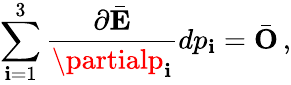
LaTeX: \sum_{\mathbf{i}=1}^{3}\frac{{\partial\bar{{\mathbf{E}}}}}{{\partialp_{\mathbf{i}}}}dp_{\mathbf{i}}=\bar{{\mathbf{O}}}\, ,